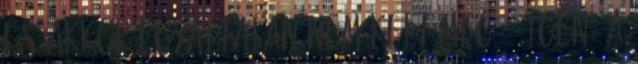
es akkor egyaltalan nem kelt meg. : Igen, a